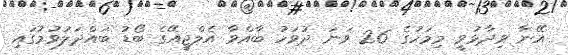
އޭނާ ވިދާޅުވީ މިމަހުގެ 26 ވަނަ ދުވަހު ބާއްވާ އެލްޖީއޭގެ ބޯޑު ބައްދަލުވުމުގައި